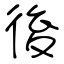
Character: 後